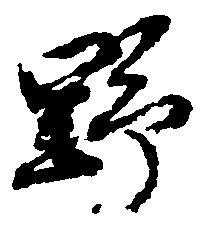
野